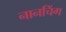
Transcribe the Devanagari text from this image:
नानचिंग